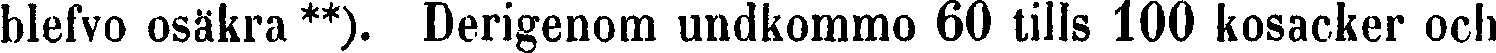
blefvo osäkra **). Derigenom undkommo 60 tills 100 kosacker och